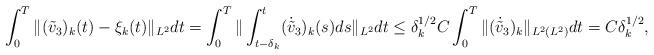
LaTeX: \begin{align*}&\int_0^T\Vert (\tilde{v}_3)_k(t)-\xi_k(t) \Vert_{L^2}dt=\int_0^T\Vert \int_{t-\delta_k}^t(\dot{\tilde{v}}_3)_k(s)ds \Vert_{L^2}dt\leq\delta_k^{1/2} C\int_0^T \Vert (\dot{\tilde{v}}_3)_k \Vert_{L^2(L^2)} dt = C \delta_k^{1/2}, \end{align*}